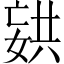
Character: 𫱏